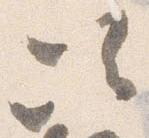
次